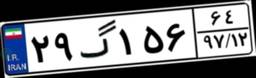
۷۱گ۱۵۴۴۰